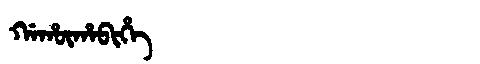
Manchu: ᡤᠠᡥᡡᡥᠠᠪᡳᡥᡝ
Romanization: GAHŪHABIHE